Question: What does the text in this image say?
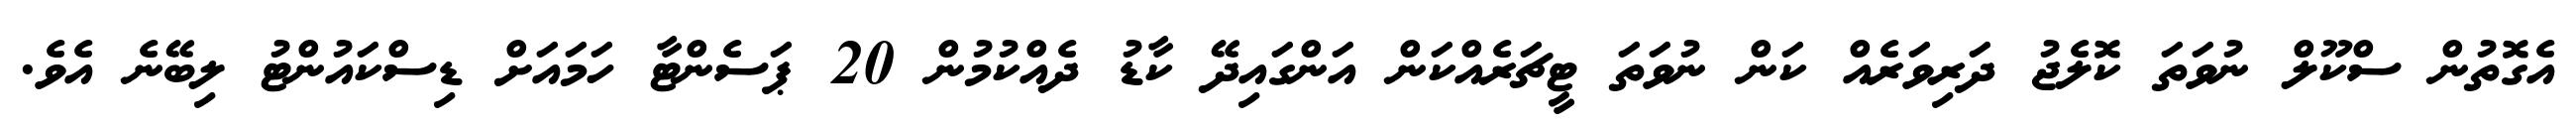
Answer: އެގޮތުން ސްކޫލް ނުވަތަ ކޮލެޖު ދަރިވަރެއް ކަން ނުވަތަ ޓީޗަރެއްކަން އަންގައިދޭ ކާޑު ދެއްކުމުން 20 ޕަސެންޓާ ހަމައަށް ޑިސްކައުންޓު ލިބޭނެ އެވެ.